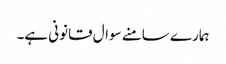
ہمارے سامنے سوال قانونی ہے۔